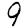
Digit: 9